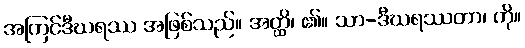
အကြင်ဒီဃရဿ အဖြစ်သည်။ အတ္ထိ၊ ၏။ သာ-ဒီဃရဿတာ၊ ကို။